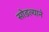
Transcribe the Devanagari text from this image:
सोडल्याने